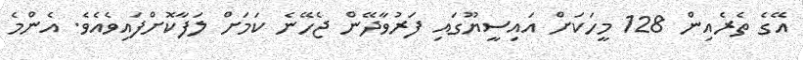
އޭގެ ތެރެއިން 128 މީހަކަށް އައިސީޔޫގައި ފަރުވާދޭން ޖެހޭނެ ކަމަށް ލަފާކޮށްފައިވެއެވެ. އެންމެ